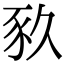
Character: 𧰫